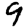
Digit: 9